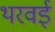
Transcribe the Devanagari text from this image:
थरवई